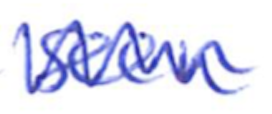
Text: seen
Cross-out: zig-zag
Writing tool: ballpoint